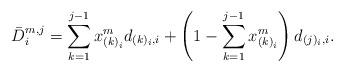
LaTeX: \begin{align*}\bar{D}_{i}^{m,j} = \sum_{k=1}^{j-1}x_{\left(k\right)_i}^md_{(k)_i,i} + \left(1-\sum_{k=1}^{j-1}x_{\left(k\right)_i}^m\right)d_{(j)_i,i}.\end{align*}